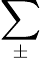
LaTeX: \sum_{\pm}